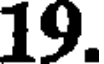
19.